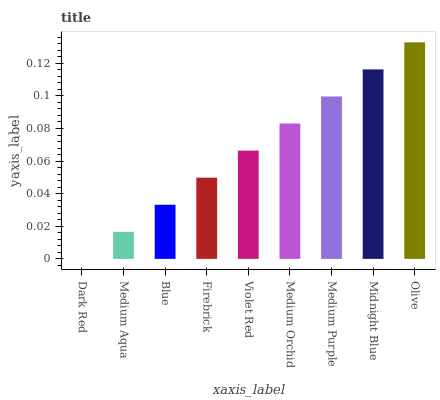
| xaxis_label | bars |
 | --- | --- |
 | Dark Red | 0 |
 | Medium Aqua | 0.0166 |
 | Blue | 0.0332 |
 | Firebrick | 0.0498 |
 | Violet Red | 0.0664 |
 | Medium Orchid | 0.0831 |
 | Medium Purple | 0.0997 |
 | Midnight Blue | 0.116 |
 | Olive | 0.133 |